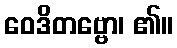
ဝေဒိတဗ္ဗော၊ ၏။